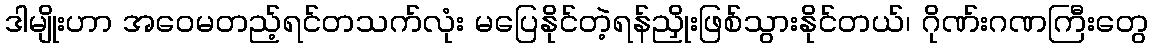
ဒါမျိုးဟာ အဝေမတည့်ရင်တသက်လုံး မပြေနိုင်တဲ့ရန်ညှိုးဖြစ်သွားနိုင်တယ်၊ ဂိုဏ်းဂဏကြီးတွေ